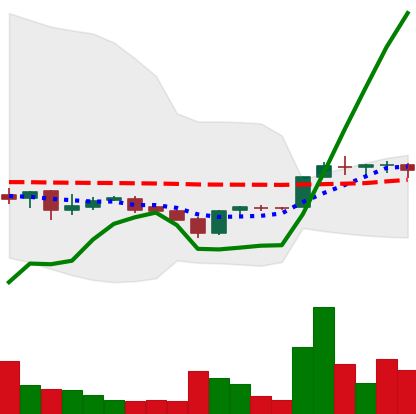
Ticker: LTC-USD
Chart end date: 2017-02-04
Forward return: -6.393%
Label: down_5_7